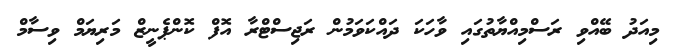
މިއަދު ބޭއްވި ރަސްމިއްޔާތުގައި ވާހަކަ ދައްކަވަމުން ރަޖިސްޓްރާ އޮފް ކޮންޕެނީޒް މަރިޔަމް ވިސާމް